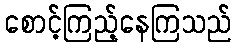
စောင့်ကြည့်နေကြသည်